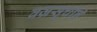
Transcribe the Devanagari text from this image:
वज्रसूचीने